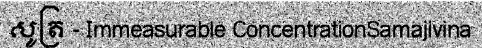
សូត្រ - Immeasurable ConcentrationSamajivina